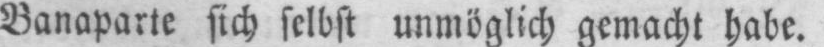
Bonaparte sich selbst unmöglich gemacht habe.